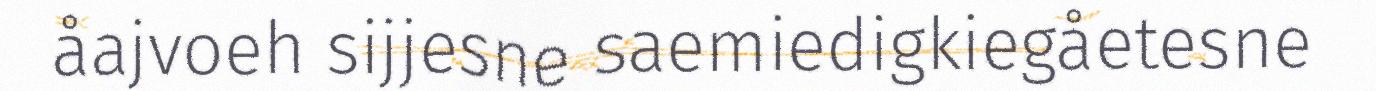
åajvoeh sijjesne saemiedigkiegåetesne